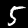
Label: 5